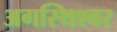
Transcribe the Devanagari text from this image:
अगस्थिश्वर